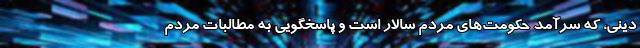
دینی، که سرآمد حکومت‌های مردم سالار است و پاسخگویی به مطالبات مردم